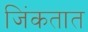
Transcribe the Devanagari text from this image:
जिंकतात